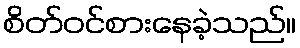
စိတ်ဝင်စားနေခဲ့သည်။